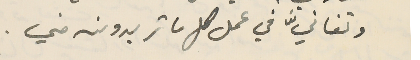
وتفانيَّ في عمل كل ما تريدونه مني.